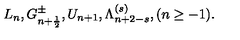
L _ { n } , G _ { n + \frac { 1 } { 2 } } ^ { \pm } , U _ { n + 1 } , \Lambda _ { n + 2 - s } ^ { ( s ) } , ( n \geq - 1 ) .